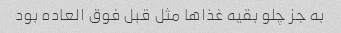
به جز چلو بقیه غذاها مثل قبل فوق العاده بود